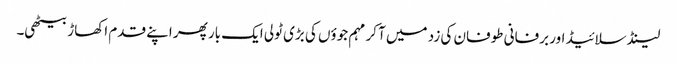
لینڈ سلائیڈ اور برفانی طوفان کی زد میں آ کر مہم جوؤں کی بڑی ٹولی ایک بار پھر اپنے قدم اکھاڑ بیٹھی۔